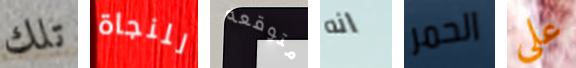
تلك للنجاة متوقعه انه الحمر على